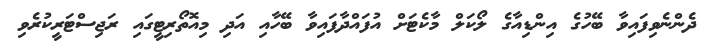
ދެންނެވިފައިވާ ބޭހުގެ އިންޑިއާގެ ލޯކަލް މާކެޓަށް އުފައްދާފައިވާ ބޭހާއި އަދި މިއޮތޯރިޓީގައި ރަޖިސްޓަރީކުރެވި